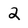
Character: 2